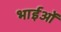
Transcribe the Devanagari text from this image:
भाईओं